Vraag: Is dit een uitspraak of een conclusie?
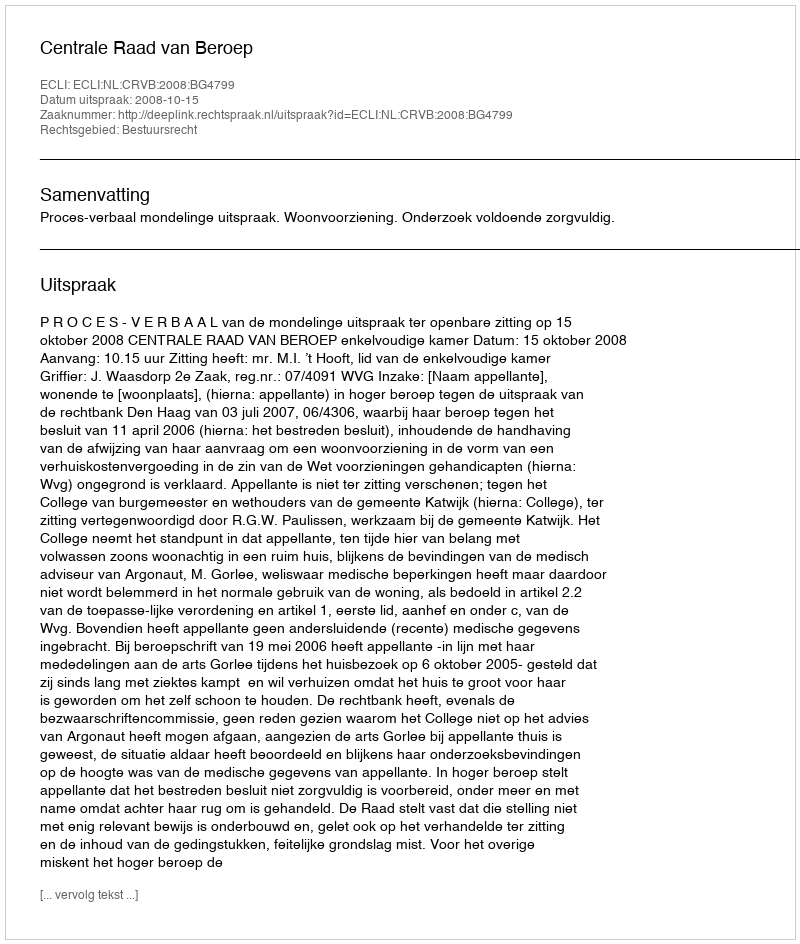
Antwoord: Uitspraak